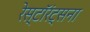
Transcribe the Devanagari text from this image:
रेस्टॉरंट्सना